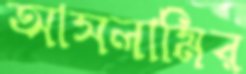
আসলামির